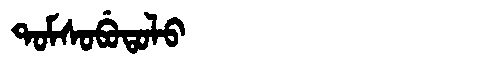
Manchu: ᡨᠣᠮᠰᠣᠪᡠᡨᠣᠯᠣ
Romanization: TOMSOBUTOLO